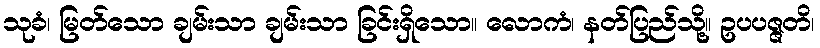
သုခံ၊ မြတ်သော ချမ်းသာ ချမ်းသာ ခြင်းရှိသော။ လောကံ၊ နတ်ပြည်သို့။ ဥပပဇ္ဇတိ၊